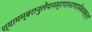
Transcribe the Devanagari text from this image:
श्यामम्बरानुलेपनस्रगाभरणामेकवक्त्रां